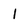
Character: l